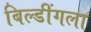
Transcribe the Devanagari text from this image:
बिल्डींगला